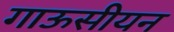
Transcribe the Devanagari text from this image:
गाऊसीयन